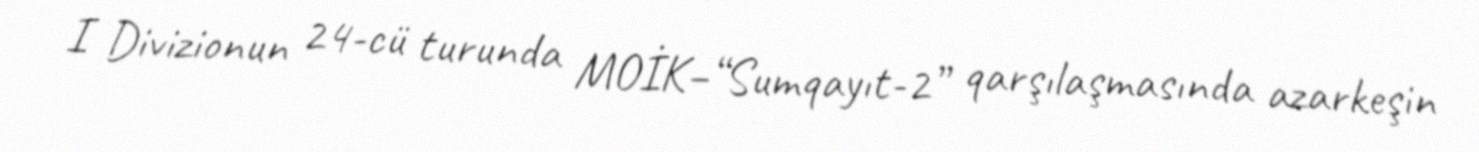
I Divizionun 24-cü turunda MOİK–“Sumqayıt-2” qarşılaşmasında azarkeşin